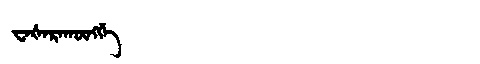
Manchu: ᠸᠠᡧᠠᡵᠠᡴᡡᠩᡤᡝ
Romanization: WAŠARAKŪNGGE